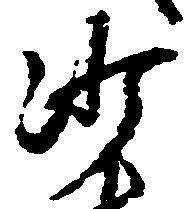
沙